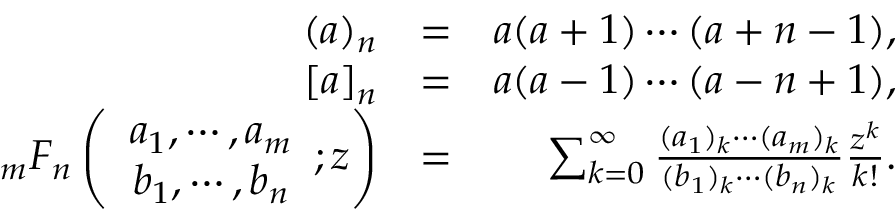
\begin{array} { r l r } { ( a ) _ { n } } & { = } & { a ( a + 1 ) \cdots ( a + n - 1 ) , } \\ { { [ a ] } _ { n } } & { = } & { a ( a - 1 ) \cdots ( a - n + 1 ) , } \\ { _ { m } F _ { n } \left( \begin{array} { c c } { a _ { 1 } , \cdots , a _ { m } } \\ { b _ { 1 } , \cdots , b _ { n } } \end{array} ; z \right) } & { = } & { \sum _ { k = 0 } ^ { \infty } \frac { ( a _ { 1 } ) _ { k } \cdots ( a _ { m } ) _ { k } } { ( b _ { 1 } ) _ { k } \cdots ( b _ { n } ) _ { k } } \frac { z ^ { k } } { k ! } . } \end{array}